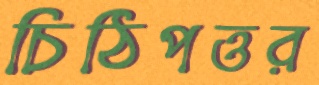
চিঠিপত্তর